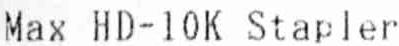
MAX HD-10K STAPLER